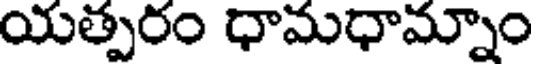
యత్పరం ధామధామ్నాం